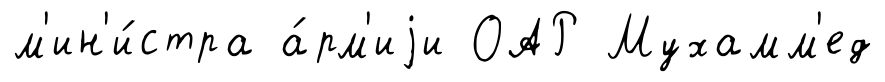
м'ин'и́стра а́рм'иjи ОАР Мухамм'ед